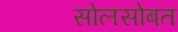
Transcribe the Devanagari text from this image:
सोलसोबत